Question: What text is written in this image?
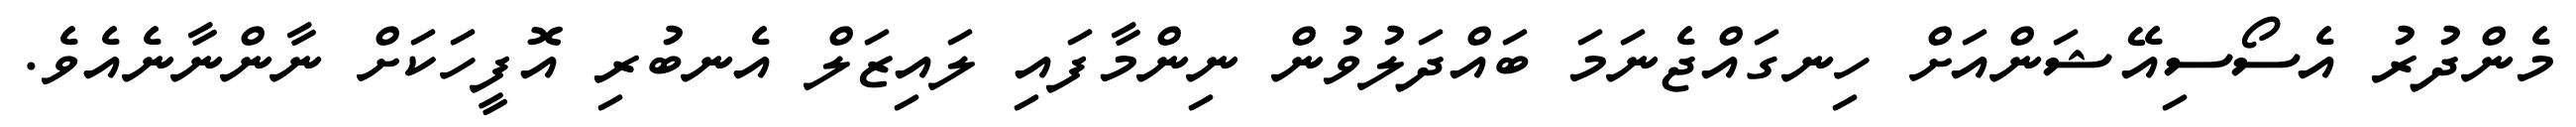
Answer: މެންދުރު އެސޯސިއޭޝަންއަށް ހިނގައްޖެނަމަ ބައްދަލުވުން ނިންމާފައި ލައިޒަލް އެނބުރި އޮފީހަކަށް ނާންނާނެއެވެ.